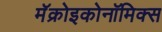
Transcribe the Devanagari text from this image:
मॅक्रोइकोनॉमिक्स